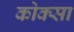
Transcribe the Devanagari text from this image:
कोक्सा